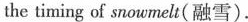
the timing of snowmelt(融雪).